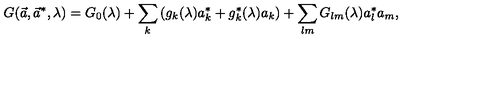
G ( \vec { a } , \vec { a } ^ { * } , \lambda ) = G _ { 0 } ( \lambda ) + \sum _ { k } \left( g _ { k } ( \lambda ) a _ { k } ^ { * } + g _ { k } ^ { * } ( \lambda ) a _ { k } \right) + \sum _ { l m } G _ { l m } ( \lambda ) a _ { l } ^ { * } a _ { m } ,